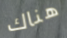
هناك